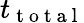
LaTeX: t_{\mathrm{~t~o~t~a~l~}}